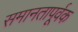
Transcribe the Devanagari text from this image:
समानतापूर्वक